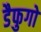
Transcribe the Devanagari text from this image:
डैफुगो